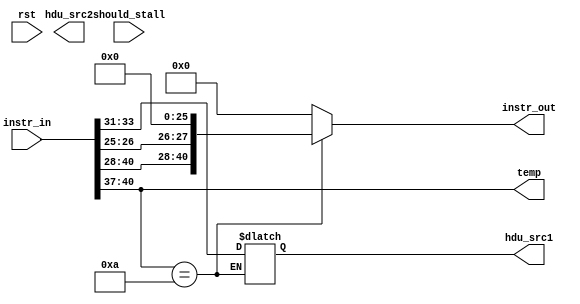
module decode (
    input rst,
    input [40:0] instr_in,
    input should_stall,
    output reg [40:0] instr_out,
    output reg [2:0] hdu_src1, hdu_src2,
    output reg [3:0] temp
);

    always @(*) begin
        temp <= instr_in[40:37];
        case (instr_in[40:37])
            0010: begin
                instr_out <= {instr_in[40:28], instr_in[26], instr_in[25], 26'd0};
                hdu_src1 <= instr_in[36:34];
                hdu_src1 <= instr_in[33:31];
            end
            // 0001: begin
            //     instr_out <= {instr_in[40:28], instr_in[26], instr_in[25], 26'd0};
            //     hdu_src1 <= instr_in[36:34];
            //     hdu_src2 <= instr_in[33:31];
            // end
            // 0000: begin
            //     instr_out <= {instr_in[40: 31], 10'd0, instr_in[30: 25], 15'd0};
            //     hdu_src1 <= instr_in[36:34];
            // end
            // 0011:
            //     instr_out <= {instr_in[40:34], 7'd0, instr_in[8:0], 18'd0};
            // 0100:
            //     instr_out <= {instr_in[40:31], 10'd0, instr_in[30:25], 15'd0};
            // 0101:
            //     instr_out <= {instr_in[40:31], 10'd0, instr_in[30:25], 15'd0};
            // 1100:
            //     instr_out <= {instr_in[40:34], instr_in[32:25], 26'd0};
            // 1101:
            //     instr_out <= {instr_in[40:34], instr_in[32:25], 26'd0};
            // 1110:
            //     instr_out <= {instr_in[40:34], 34'd0};
            // 1111:
            //     instr_out <= {instr_in[40:34], 34'd0};
            // 1000:
            //     instr_out <= {instr_in[40:31], 10'd0, instr_in[30:25], 15'd0};
            // 1001:
            //     instr_out <= {instr_in[40:34], 7'd0, instr_in[8:0], 18'd0};
            // 1010:
            //     instr_out <= {instr_in[40:31], 31'd0};
            // 1011:
            //     instr_out <= {instr_in[40:34], 7'd0, instr_in[8:0], 18'd0};
            default:
                instr_out <= 41'd0;
        endcase
    end

endmodule